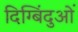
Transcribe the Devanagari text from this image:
दिग्बिंदुओं